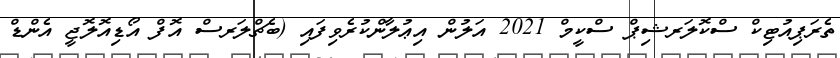
ތެރަޕިއުޓިކް ސްކޮލަރޝިޕް ސްކީމް 2021 އަލުން އިޢުލާންކުރެވިފައި (ބެޗްލަރސް އޮފް އޯޑިއޮލޮޖީ އެންޑް